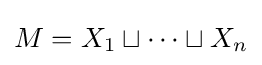
M=X_{1}\sqcup \cdots \sqcup X_{n}